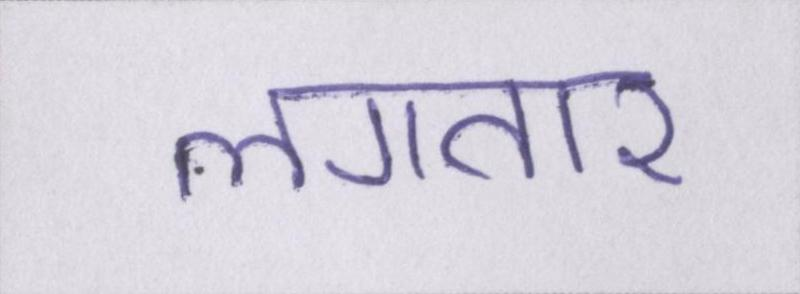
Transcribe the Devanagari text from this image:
लगतार